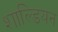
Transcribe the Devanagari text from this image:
शाल्डियन